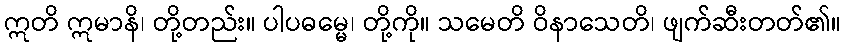
ဣတိ ဣမာနိ၊ တို့တည်း။ ပါပဓမ္မေ၊ တို့ကို။ သမေတိ ဝိနာသေတိ၊ ဖျက်ဆီးတတ်၏။